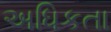
અધિકતા